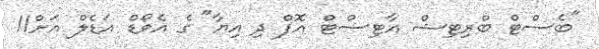
"ބެސްޓް ބްރިޓިޝް އާޓިސްޓް އޮފް ދި އިޔާ" ގެ އެވޯޑް އަޑެލް އަށް11